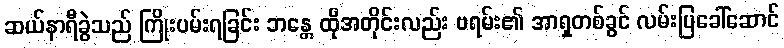
ဆယ်နာရီခွဲသည် ကြိုးပမ်းရခြင်း ဘန္တေ ထိုအတိုင်းလည်း ဗရမ်း၏ အာရှတစ်ခွင် လမ်းပြခေါ်ဆောင်